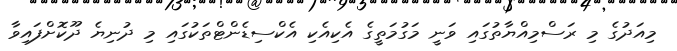
މިއަދުގެ މި ރަސްމިއްޔާތުގައި ވަނީ މަގުމަތީގެ އެކިއެކި އެކްސިޑެންޓްތަކުގައި މި ދުނިޔެ ދޫކޮށްފައިވާ